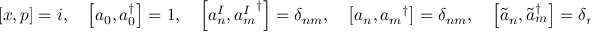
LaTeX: \left[ x , p \right] = i , \quad \left[ a _ { 0 } , a _ { 0 } ^ { \dagger } \right] = 1 , \quad \left[ a _ { n } ^ { I } , { a _ { m } ^ { I } } ^ { \dagger } \right] = \delta _ { n m } , \quad \left[ a _ { n } , { a _ { m } } ^ { \dagger } \right] = \delta _ { n m } , \quad \left[ \tilde { a } _ { n } , { \tilde { a } _ { m } } ^ { \dagger } \right] = \delta _ { n m }